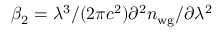
\beta _ { 2 } = \lambda ^ { 3 } / ( 2 \pi c ^ { 2 } ) \partial ^ { 2 } n _ { \mathrm { w g } } / \partial \lambda ^ { 2 }